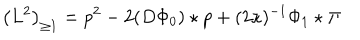
\left( L ^ { 2 } \right) _ { \geq 1 } = p ^ { 2 } - 2 ( D \Phi _ { 0 } ) \star p + ( 2 \kappa ) ^ { - 1 } \Phi _ { 1 } \star \Pi